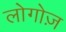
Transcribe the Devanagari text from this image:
लोगोज़